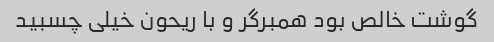
گوشت خالص بود همبرگر و با ریحون خیلی چسبید